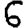
Digit: 6